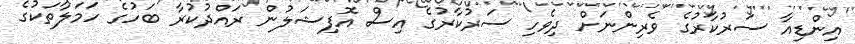
އިންޑިއާ ސަރުކާރުގެ ވެރިންނަށް ދިވެހި ސަރުކާރުގެ އިސް އޮފިޝަލުން ރައްދުކުރާ ބަހުގެ ހަމަލާތަކުގެ